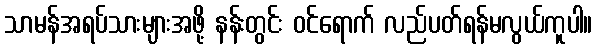
သာမန်အရပ်သားများအဖို့ နန်းတွင်း ဝင်ရောက် လည်ပတ်ရန်မလွယ်ကူပါ။